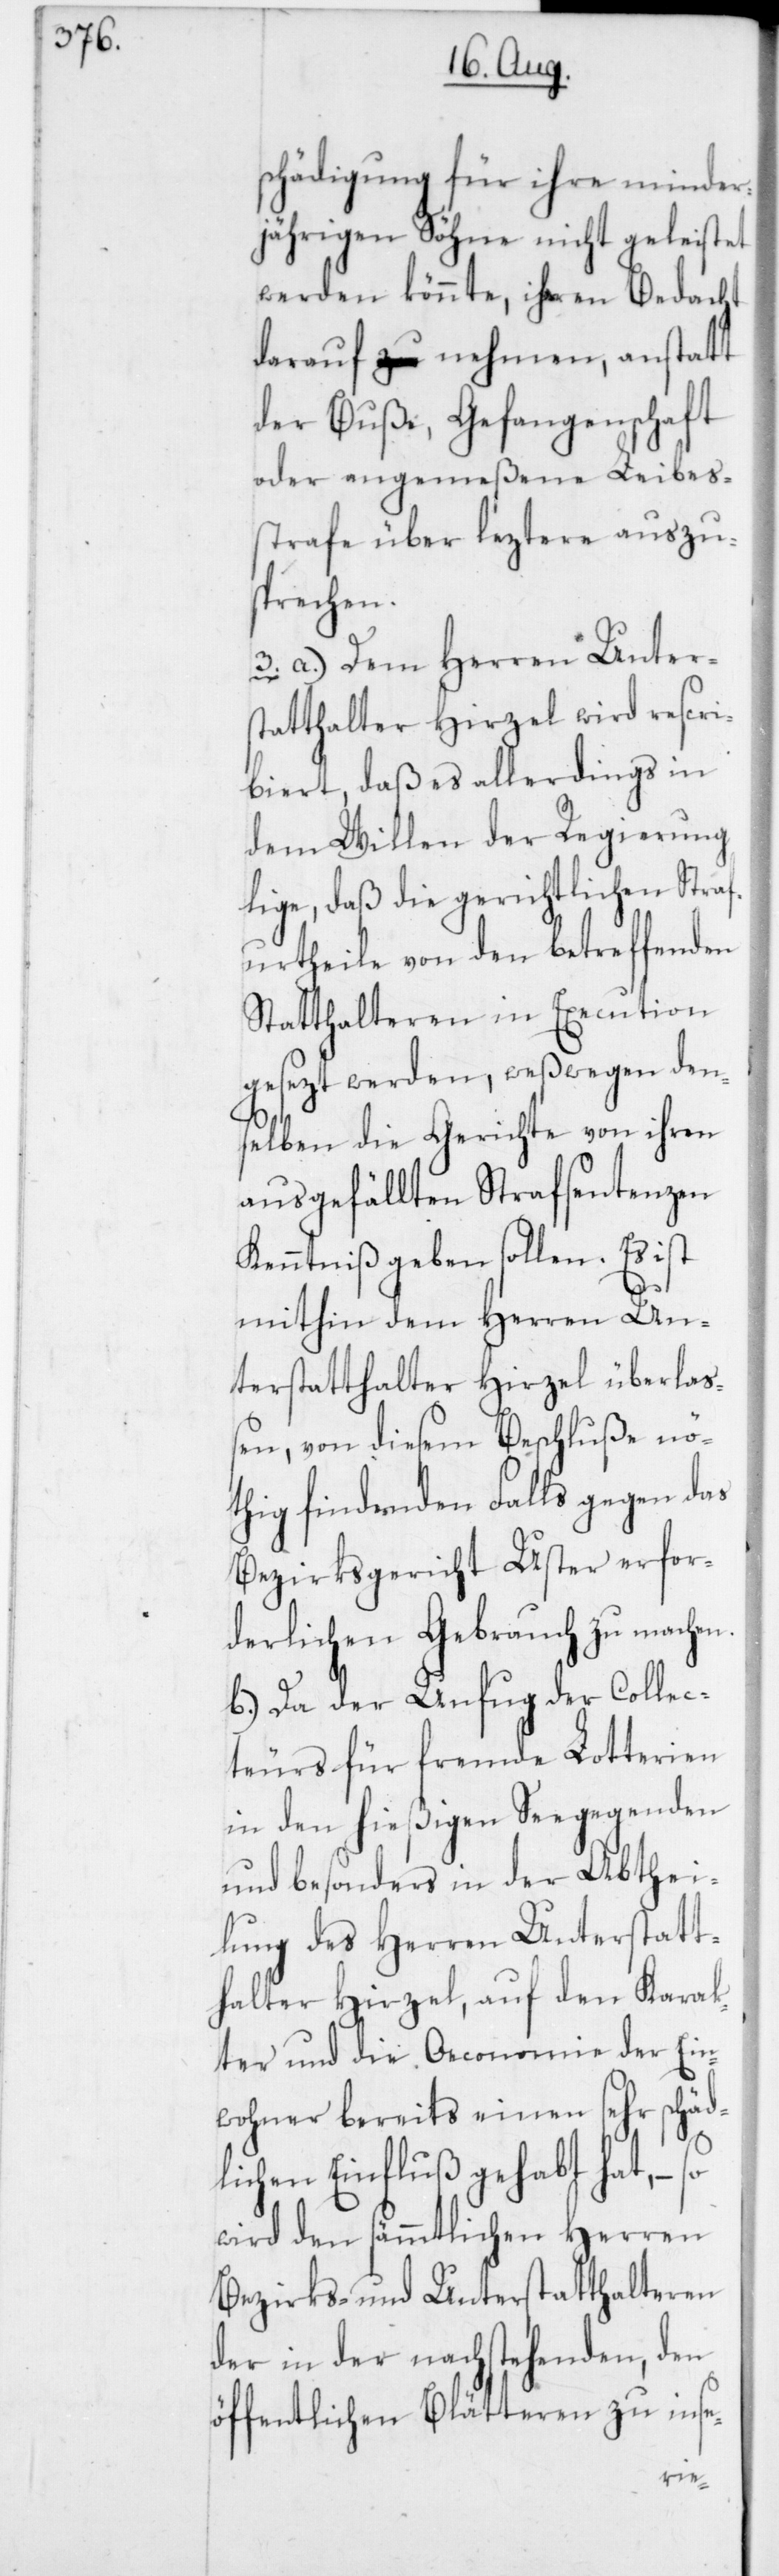
schädigung für ihre minder¬
jährigen Söhne nicht geleistet
werden könnte, ihren Bedacht
darauf nehmen, anstatt
der Buße, Gefangenschaft
oder angemeßene Leibes¬
strafe über leztere auszu¬
sprechen.
3. a) Dem Herren Unter¬
statthalter Hirzel wird rescri¬
biert, daß es allerdings in
dem Willen der Regierung
lige, daß die gerichtlichen Straf¬
urtheile von den betreffenden
Statthalteren in Execution
gesezt werden, weßwegen den¬
selben die Gerichte von ihren
ausgefällten Strafsentenzen
Kenntniß geben sollen. Es ist
mithin dem Herren Un¬
terstatthalter Hirzel überlaß¬
en, von diesem Beschluße nö¬
thig findenden Falls gegen das
Bezirksgericht Uster erfor¬
derlichen Gebrauch zu mache¬
b) Da der Unfug der Collec¬
teurs für fremde Lotterien
in den hießigen Seegegenden
und besonders in der Abthei¬
lung des Herren Unterstatt¬
halter Hirzel, auf den Karak¬
ter und die Oeconomie der Ein¬
wohner bereits einen sehr schäd¬
lichen Einfluß gehabt hat, –
wird den sämmtlichen Herren
Bezirks- und Unterstatthalteren
der in der nachstehenden, den
öffentlichen Blätteren zu inse-
n.